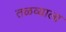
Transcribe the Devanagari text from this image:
तळव्याला